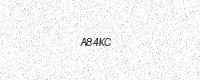
Text: A84KC